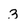
Character: 3